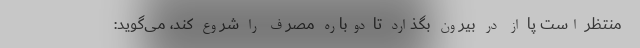
منتظر است پا از در بیرون بگذارد تا دوباره مصرف را شروع کند، می‌گوید: